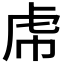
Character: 𧆞